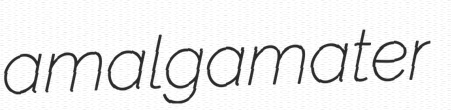
amalgamater